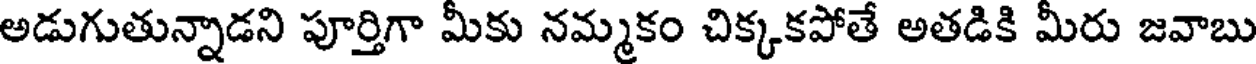
అడుగుతున్నాడని పూర్తిగా మీకు నమ్మకం చిక్కకపోతే అతడికి మీరు జవాబు